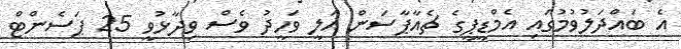
އެ ބައްދަލުވުމުގައި އެމްޑީޕީގެ ޗެއާޕާސަން އަލީ ވަހީދު ވެސް ވިދާޅުވީ 25 ޕަސެންޓް